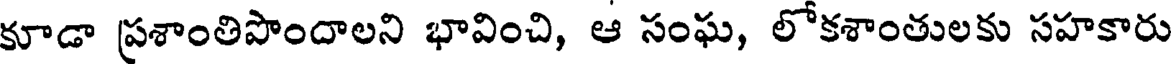
కూడా ప్రశాంతిపొందాలని భావించి, ఆ సంఘ, లోకశాంతులకు సహకారు